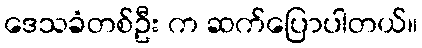
ဒေသခံတစ်ဦး က ဆက်ပြောပါတယ်။